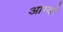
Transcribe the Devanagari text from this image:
आम्दो